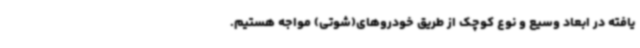
یافته در ابعاد وسیع و نوع کوچک از طریق خودروهای(شوتی) مواجه هستیم.